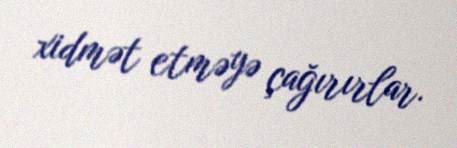
xidmət etməyə çağırırlar.